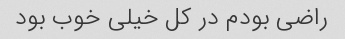
راضی بودم در کل خیلی خوب بود